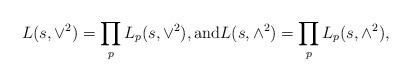
LaTeX: \begin{align*} L(s, \vee^2) = \prod_p L_p(s, \vee^2), \mbox{and} L(s, \wedge^2)= \prod_p L_p(s, \wedge^2),\end{align*}